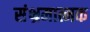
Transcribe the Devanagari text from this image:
संभ्रमात्मक